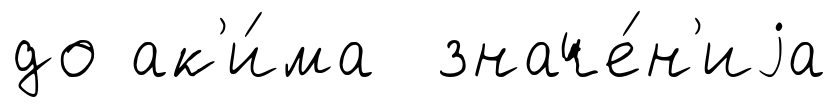
до ак'и́ма значе́н'иjа